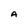
Character: A